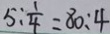
5 : \frac { 1 } { 4 } = 8 0 : 4